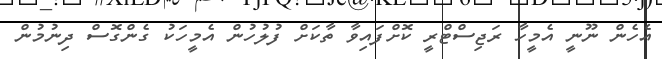
އެހެން ނޫނީ އެމީހާ ރަޖިސްޓްރީ ކޮށްފައިވާ ތާކަށް ފުލުހުން އެމީހަކު ގެންގޮސް ދިނުމުން